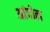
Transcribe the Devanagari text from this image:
आंदोल